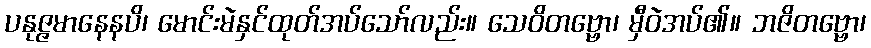
ပနုဇ္ဇမာနေနပိ၊ မောင်းမဲနှင်ထုတ်အပ်သော်လည်း။ သေဝိတဗ္ဗော၊ မှီဝဲအပ်၏။ ဘဇိတဗ္ဗော၊